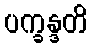
ပက္ခန္ဒတိ